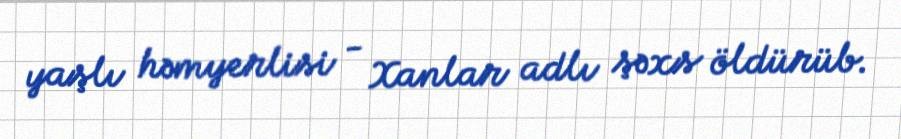
yaşlı həmyerlisi - Xanlar adlı şəxs öldürüb.